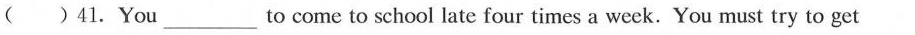
( )41.You____to come to school late four times a week. You must try to get